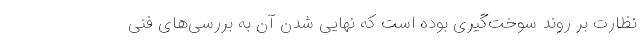
نظارت بر روند سوخت‌گیری بوده است که نهایی شدن آن به بررسی‌های فنی